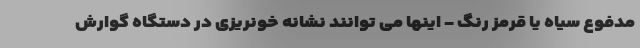
مدفوع سیاه یا قرمز رنگ - اینها می توانند نشانه خونریزی در دستگاه گوارش